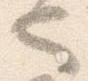
也